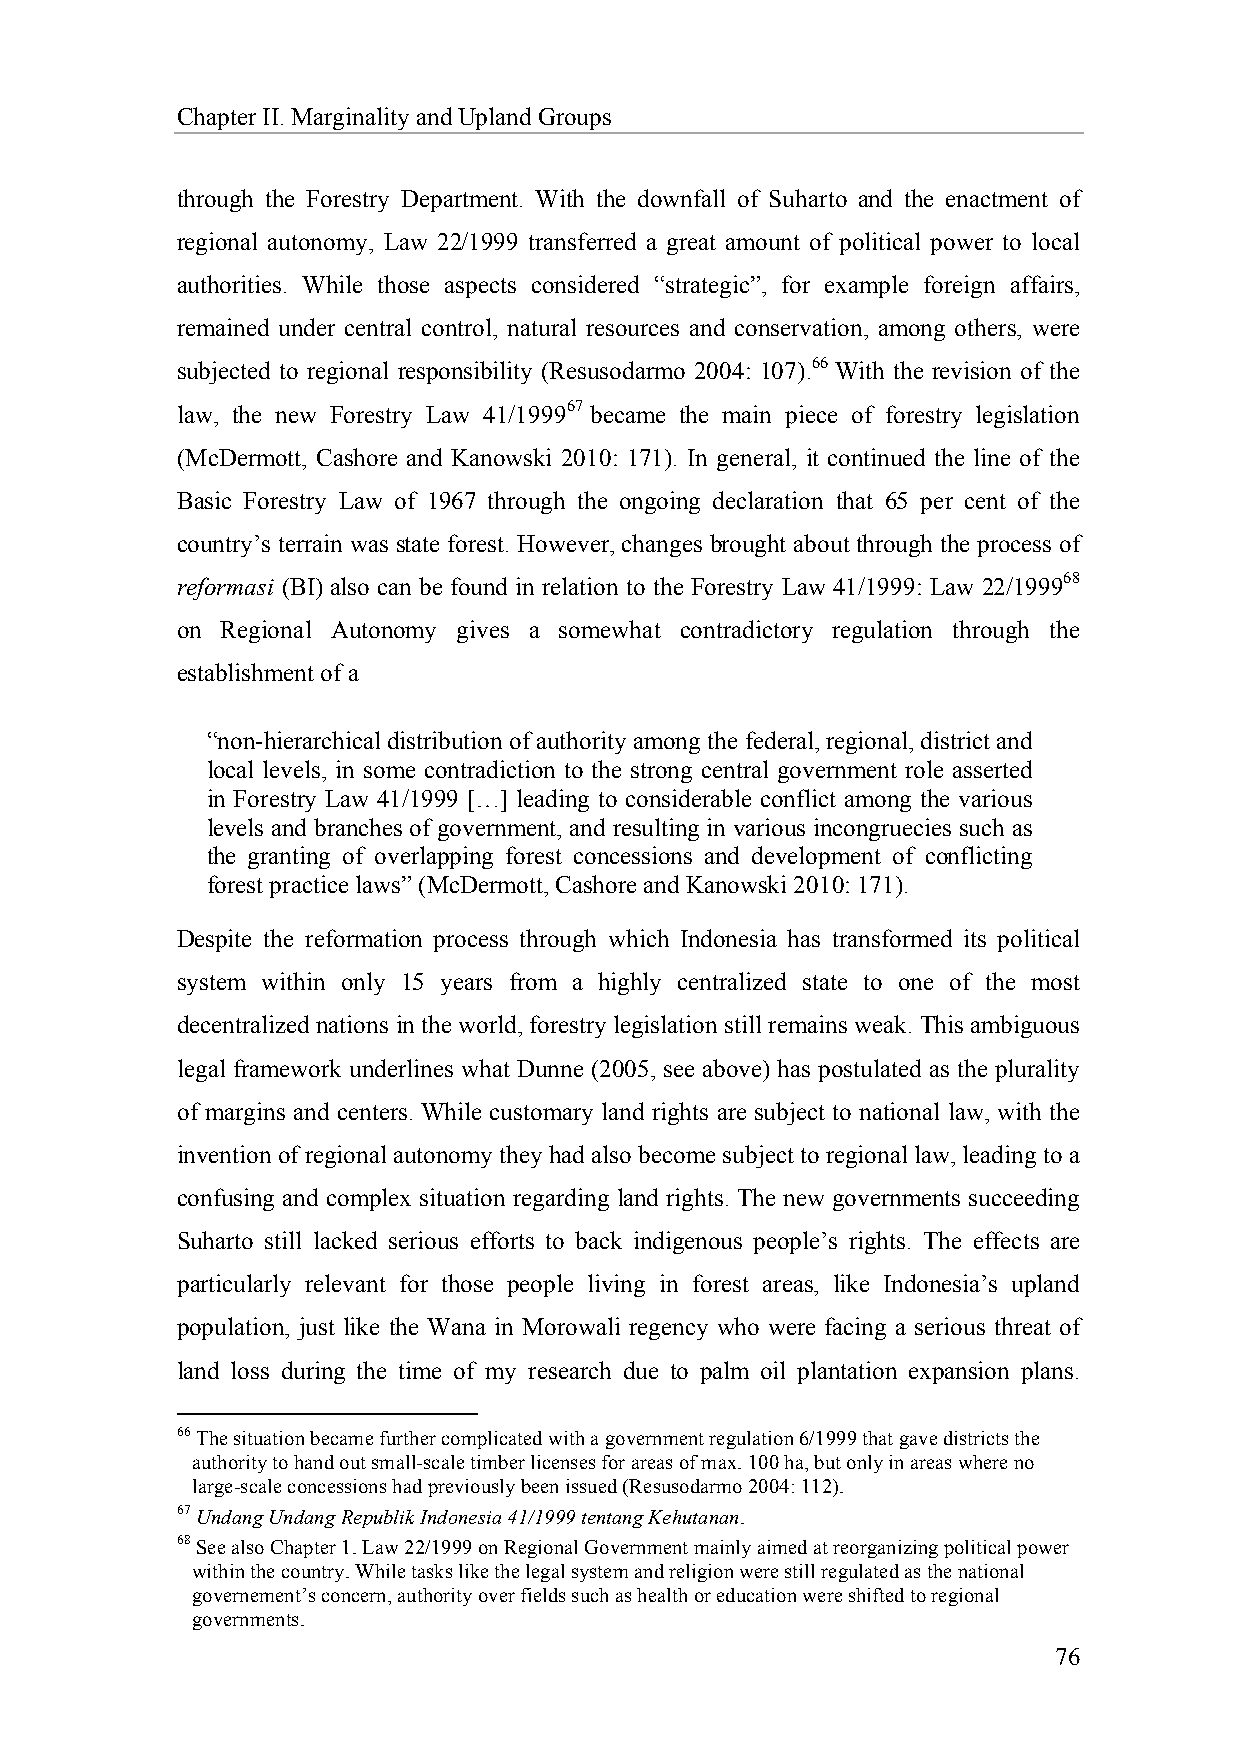
Chapter II. Marginality and Upland Groups
 through the Forestry Department. With the downfall of Suharto and the enactment of
 regional autonomy, Law 22/1999 transferred a great amount of political power to local
 authorities. While those aspects considered “strategic”, for example foreign affairs,
 remained under central control, natural resources and conservation, among others, were
 subjected to regional responsibility (Resusodarmo 2004: 107).66 With the revision of the
 law, the new Forestry Law 41/199967 became the main piece of forestry legislation
 (McDermott, Cashore and Kanowski 2010: 171). In general, it continued the line of the
 Basic Forestry Law of 1967 through the ongoing declaration that 65 per cent of the
 country’s terrain was state forest. However, changes brought about through the process of
 reformasi (BI) also can be found in relation to the Forestry Law 41/1999: Law 22/199968
 on Regional Autonomy gives a somewhat contradictory regulation through the
 establishment of a
 “non-hierarchical distribution of authority among the federal, regional, district and
 local levels, in some contradiction to the strong central government role asserted
 in Forestry Law 41/1999 […] leading to considerable conflict among the various
 levels and branches of government, and resulting in various incongruecies such as
 the granting of overlapping forest concessions and development of conflicting
 forest practice laws” (McDermott, Cashore and Kanowski 2010: 171).
 Despite the reformation process through which Indonesia has transformed its political
 system within only 15 years from a highly centralized state to one of the most
 decentralized nations in the world, forestry legislation still remains weak. This ambiguous
 legal framework underlines what Dunne (2005, see above) has postulated as the plurality
 of margins and centers. While customary land rights are subject to national law, with the
 invention of regional autonomy they had also become subject to regional law, leading to a
 confusing and complex situation regarding land rights. The new governments succeeding
 Suharto still lacked serious efforts to back indigenous people’s rights. The effects are
 particularly relevant for those people living in forest areas, like Indonesia’s upland
 population, just like the Wana in Morowali regency who were facing a serious threat of
 land loss during the time of my research due to palm oil plantation expansion plans.
 66 The situation became further complicated with a government regulation 6/1999 that gave districts the
 authority to hand out small-scale timber licenses for areas of max. 100 ha, but only in areas where no
 large-scale concessions had previously been issued (Resusodarmo 2004: 112).
 67 Undang Undang Republik Indonesia 41/1999 tentang Kehutanan.
 68 See also Chapter 1. Law 22/1999 on Regional Government mainly aimed at reorganizing political power
 within the country. While tasks like the legal system and religion were still regulated as the national
 governement’s concern, authority over fields such as health or education were shifted to regional
 governments.
 76